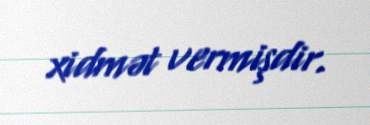
xidmət vermişdir.